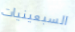
السبعينيات